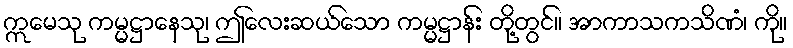
ဣမေသု ကမ္မဋ္ဌာနေသု၊ ဤလေးဆယ်သော ကမ္မဋ္ဌာန်း တို့တွင်။ အာကာသကသိဏံ၊ ကို။